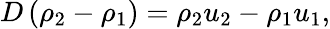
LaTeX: D\left(\rho_{2}-\rho_{1}\right)=\rho_{2}u_{2}-\rho_{1}u_{1},